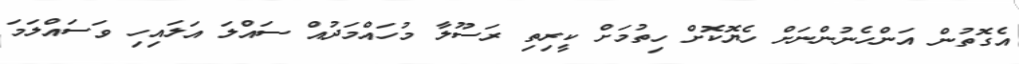
އެގޮތުން އަންހެނުންނަށް ހެޔޮކޮށް ހިތުމަށް ކީރިތި ރަސޫލާ މުހައްމަދުއް ސައްލަ އަލައިހި ވަސައްލަމަ